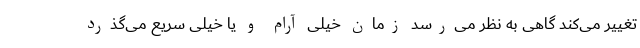
تغییر می‌کند گاهی به نظر می‌رسد زمان خیلی آرام و یا خیلی سریع می‌گذرد